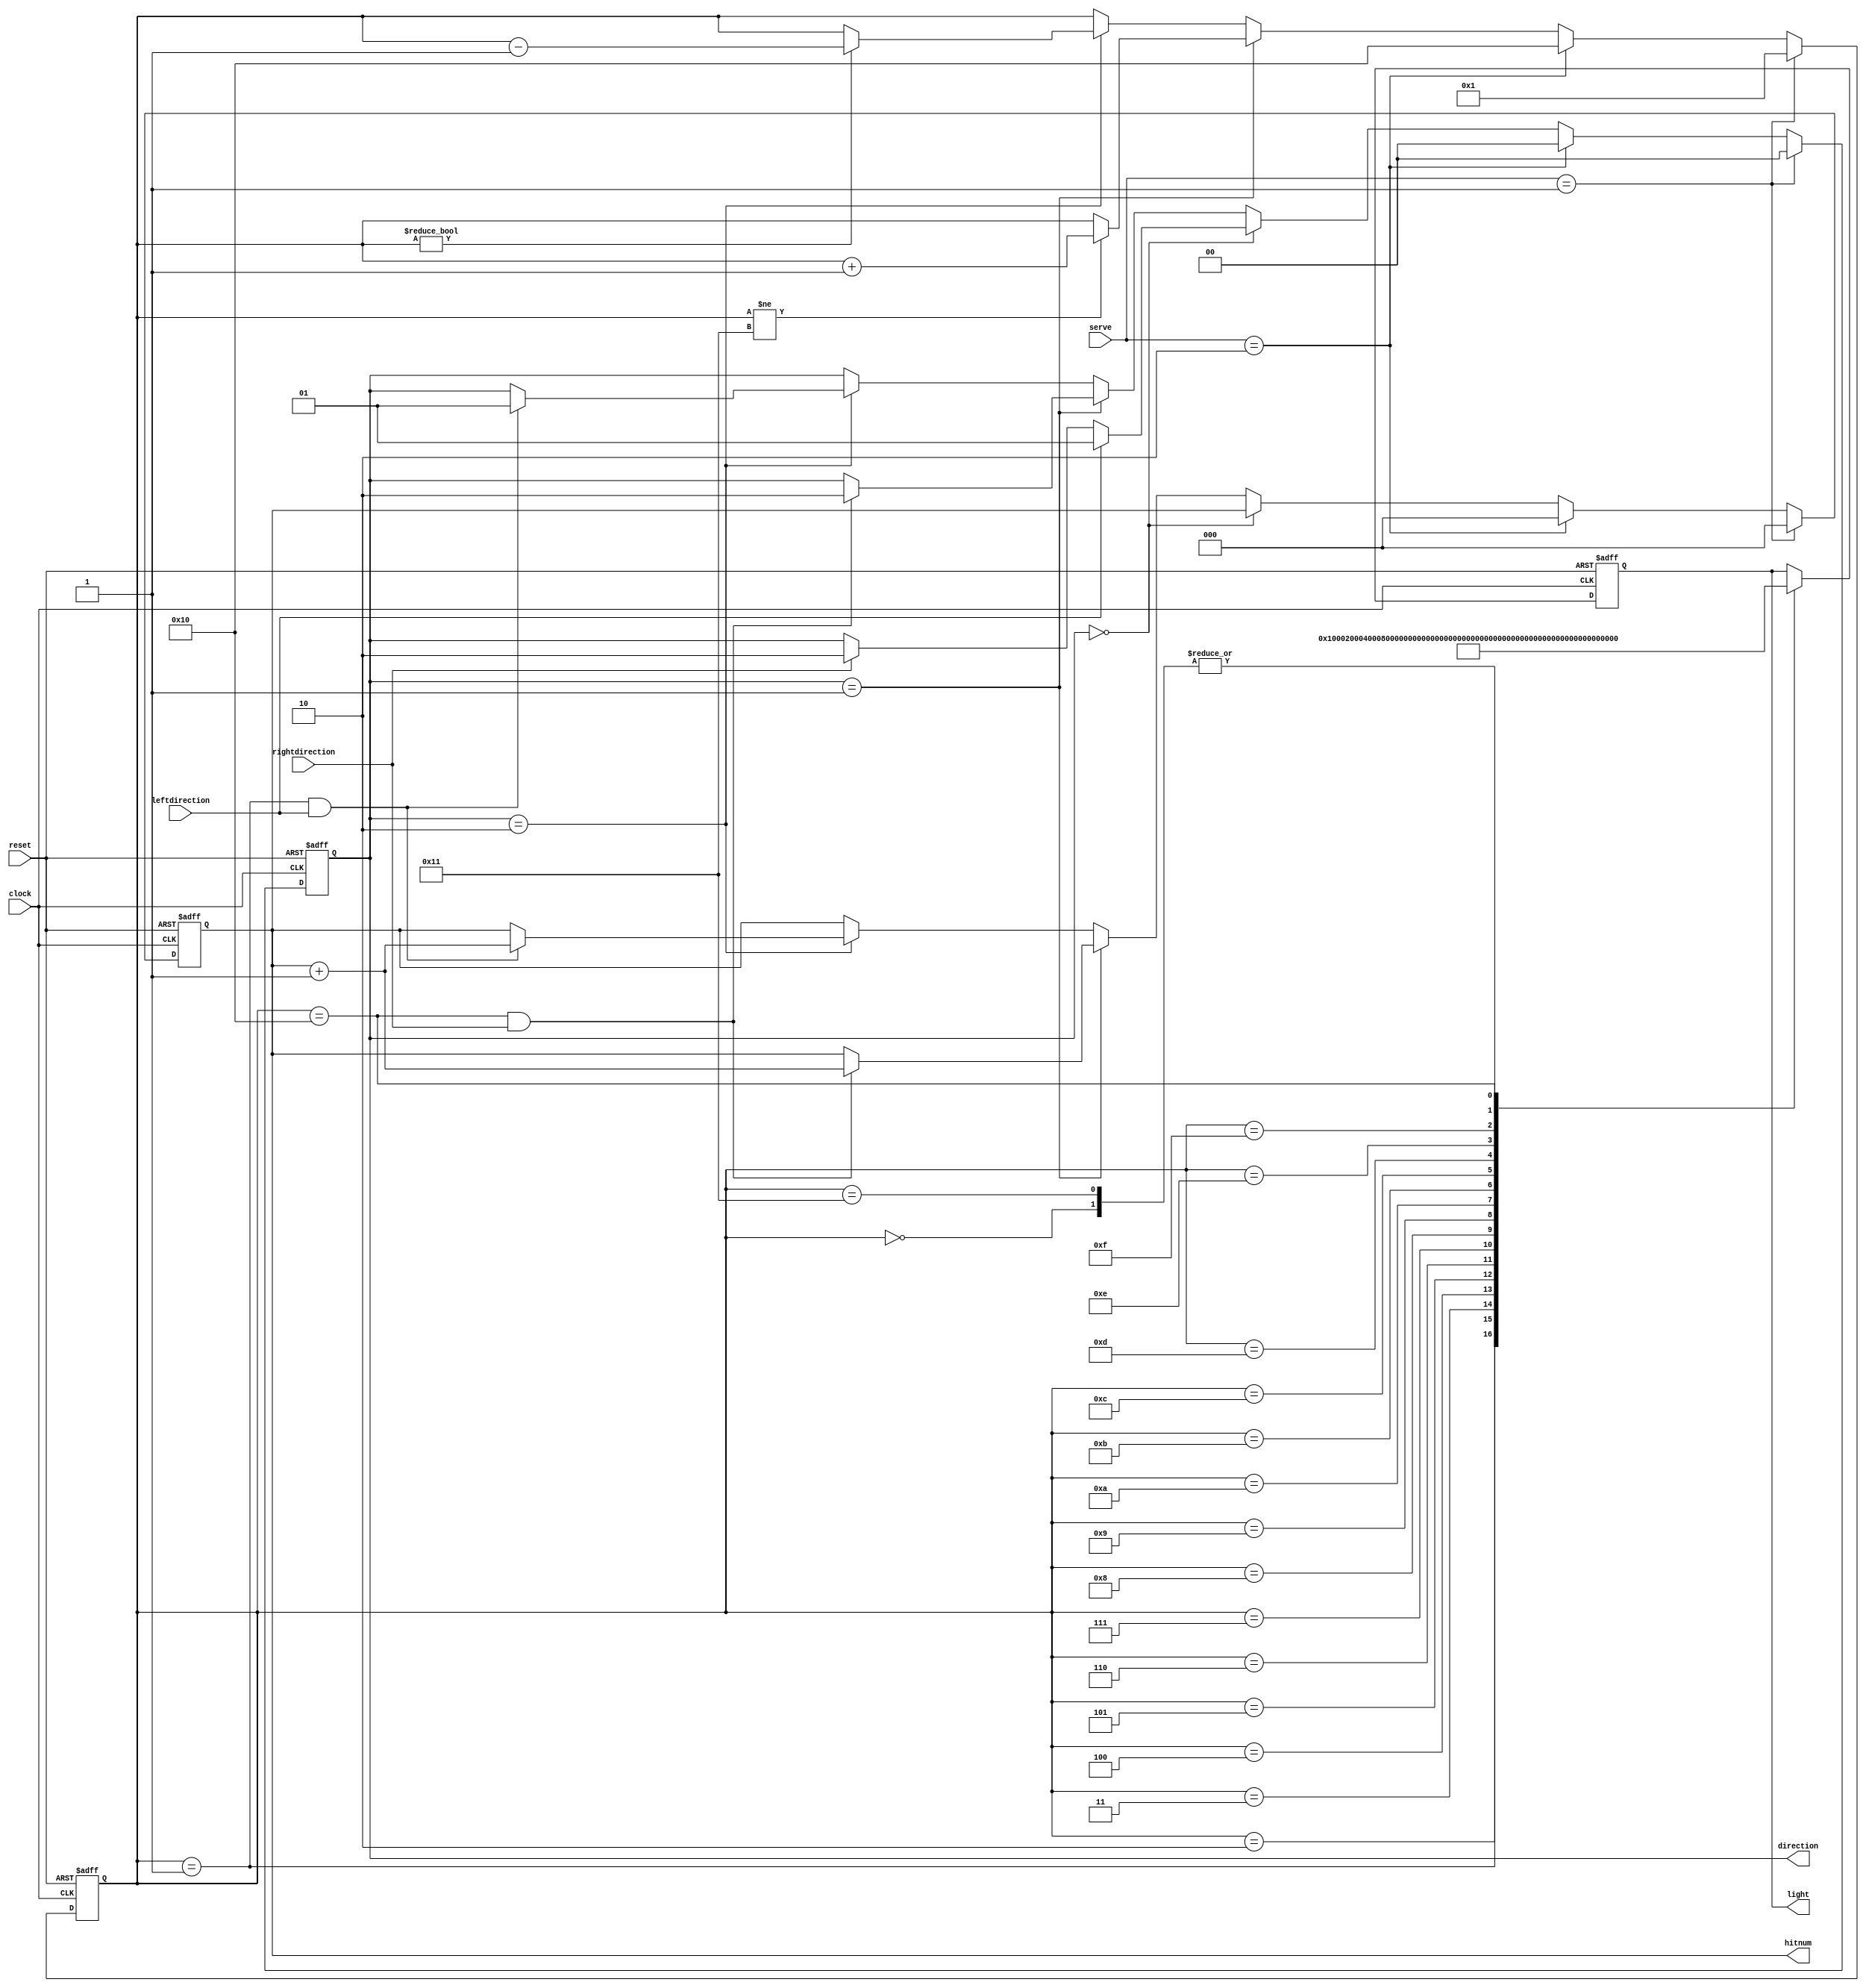
`timescale 1ns / 1ps
//////////////////////////////////////////////////////////////////////////////////
// Company: 
// Engineer: 
// 
// Design Name: 
// Module Name: ball
// Project Name: 
// Target Devices: 
// Tool Versions: 
// Description: 
// 
// Dependencies: 
// 
// Revision:
// Revision 0.01 - File Created
// Additional Comments:
// 
//////////////////////////////////////////////////////////////////////////////////


module ball(
input clock,
input reset,
input leftdirection, 
input rightdirection,
input [1:0]serve,
output reg [1:0]direction,  // 2b'01 ball moves left  2'b10 ball moves right
output reg [15:0]light,
output reg [2:0]hitnum
    );

reg [4:0]counter;

always @ (posedge clock or negedge reset)
    begin
        //continuing ball movement
        if (!reset == 1'b1) begin 
            direction <= 2'b00;
            counter <= 5'b00001;
            light <= 16'b0000000000000001;
            hitnum <= 3'b000;
        end
        else begin
        
        //continuing ball movement
         if(direction == 2'b01)begin // ball moves left
            if (counter != 5'b10001) begin
                counter <= counter + 1'b1;
            end
        end
        else if (direction == 2'b10) begin // ball moves right
            if(counter != 5'b00000)begin
                counter <= counter - 1'b1;
            end
        end
        
        ///////////////////////////////////////////////////////////////
        
        //seeing if ball is hit at correct state
        if(direction == 2'b00)begin
            if(leftdirection == 1'b1)begin
                 direction <= 2'b01; // move left
            end
            else if(rightdirection == 1'b1)begin
                direction <= 2'b10; // move right
            end
        end
         else if(direction == 2'b01)begin // moving left
            if(counter == 5'b10000 && rightdirection == 1'b1)begin // correct hit input
                direction <= 2'b10; // move right
                hitnum <= hitnum + 3'b001;
            end
        end
        else if(direction == 2'b10)begin // moving right
            if(counter == 5'b00001 && leftdirection == 1'b1)begin // correct hit input
                direction <= 2'b01; // move left
                hitnum <= hitnum + 3'b001;
            end
        end
        
        //////////////////////////////////////////////////////////////
        
        //serving
        
        if(serve == 2'b01)begin
            counter <= 5'b00001;
            direction <= 2'b00;
            hitnum <= 3'b000;
        end
        else if(serve == 2'b10)begin
            counter <= 5'b10000;
            direction <= 2'b00;
            hitnum <= 3'b000;
        end
        
        /////////////////////////////////////////////////////////////////////////
                //setting the light value
        case (counter)
            5'b00000: light <= 16'b0000000000000000;
            5'b00001: light <= 16'b0000000000000001;
            5'b00010: light <= 16'b0000000000000010;
            5'b00011: light <= 16'b0000000000000100;
            5'b00100: light <= 16'b0000000000001000;
            5'b00101: light <= 16'b0000000000010000;
            5'b00110: light <= 16'b0000000000100000;
            5'b00111: light <= 16'b0000000001000000;
            5'b01000: light <= 16'b0000000010000000;
            5'b01001: light <= 16'b0000000100000000;
            5'b01010: light <= 16'b0000001000000000;
            5'b01011: light <= 16'b0000010000000000;
            5'b01100: light <= 16'b0000100000000000;
            5'b01101: light <= 16'b0001000000000000;
            5'b01110: light <= 16'b0010000000000000;
            5'b01111: light <= 16'b0100000000000000;
            5'b10000: light <= 16'b1000000000000000;
            5'b10001: light <= 16'b0000000000000000;


        endcase
      end
   end
       
endmodule